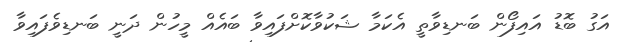
އަގު ބޮޑު އައިފޯން ބަނޑިވާތީ އެކަމާ ޝަކުވާކޮށްފައިވާ ބައެއް މީހުން ދަނީ ބަނޑިވެފައިވާ